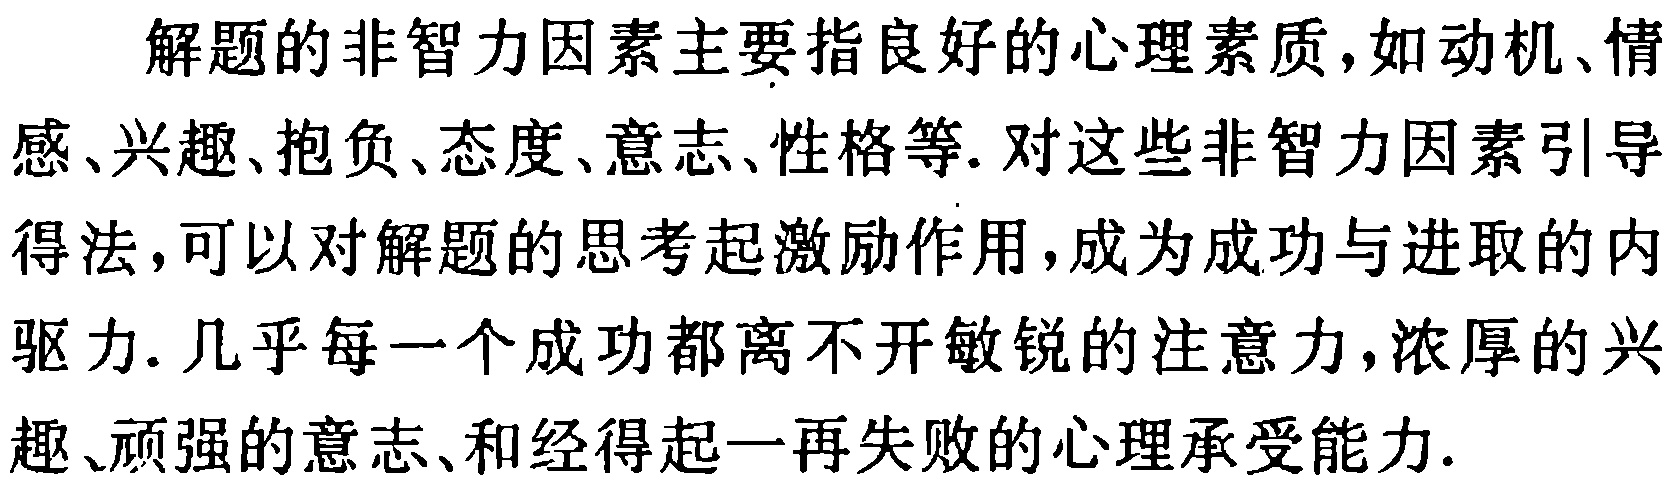
解题的非智力因素主要指良好的心理素质,如动机、情感、兴趣、抱负、态度、意志、性格等. 对这些非智力因素引导得法,可以对解题的思考起激励作用,成为成功与进取的内驱力. 几乎每一个成功都离不开敏锐的注意力,浓厚的兴趣、顽强的意志、和经得起一再失败的心理承受能力.